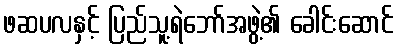
ဖဆပလနှင့် ပြည်သူ့ရဲဘော်အဖွဲ့၏ ခေါင်းဆောင်